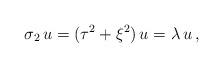
LaTeX: \begin{align*}\sigma_2 \,u=(\tau^2+\xi^2)\,u=\lambda\,u \,,\end{align*}